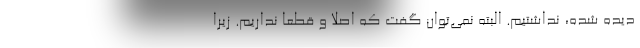
دیده شده، نداشتیم. البته نمی‌توان گفت که اصلا و قطعا نداریم. زیرا